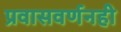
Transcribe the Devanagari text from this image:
प्रवासवर्णनही